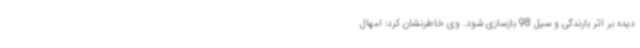
دیده بر اثر بارندگی و سیل 98 بازسازی شود. وی خاطرنشان کرد: امهال